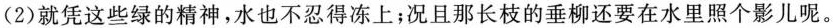
(2) 就凭这些绿的精神，水也不忍得冻上；况且那长枝的垂柳还要在水里照个影儿呢。